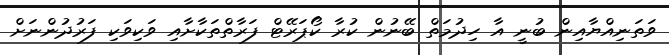
ވަތަނިއްޔާއިން ބުނީ އާ ހިދުމަތް ބޭނުން ކުރާ ކޯޕަރޭޓް ފަރާތްތަކާށާއި ވަކިވަކި ފަރުދުންނަށް